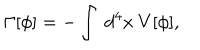
\Gamma [ \phi ] = - \int ~ d ^ { 4 } x ~ V [ \phi ] ,